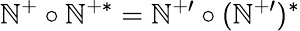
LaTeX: \mathbb{N}^{+}\circ\mathbb{N}^{+\ast}=\mathbb{N}^{+\prime}\circ(\mathbb{N}^{+\prime})^{\ast}